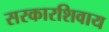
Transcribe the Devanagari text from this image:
सरकारशिवाय